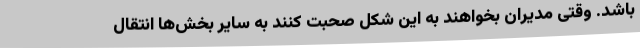
باشد. وقتی مدیران بخواهند به این شکل صحبت کنند به سایر بخش‌ها انتقال